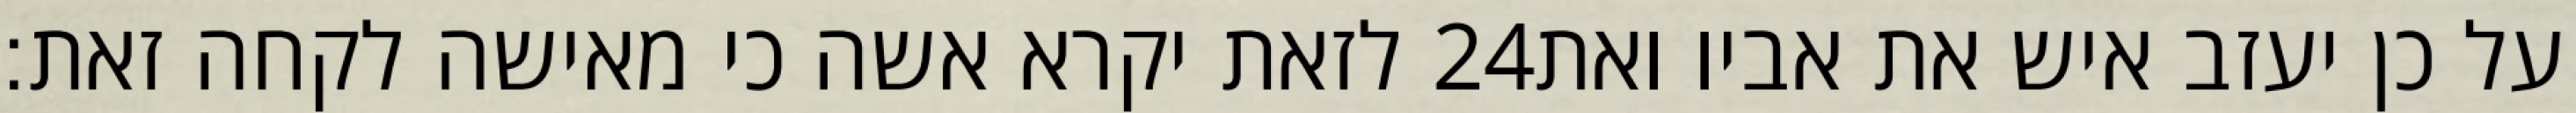
לזאת יקרא אשה כי מאישה לקחה זאת׃ ‎24‏ על כן יעזב איש את אביו ואת